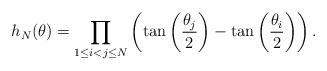
LaTeX: \begin{align*}h_N(\theta)=\prod_{1\le i < j \le N}^{}\left(\tan\left(\frac{\theta_j}{2}\right)-\tan\left(\frac{\theta_i}{2}\right)\right).\end{align*}